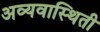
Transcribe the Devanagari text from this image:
अव्यवास्थिती